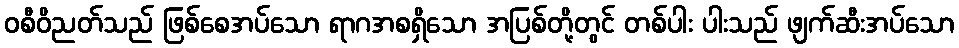
ဝစီဝိညတ်သည် ဖြစ်စေအပ်သော ရာဂအစရှိသော အပြစ်တို့တွင် တစ်ပါး ပါးသည် ဖျက်ဆီးအပ်သော